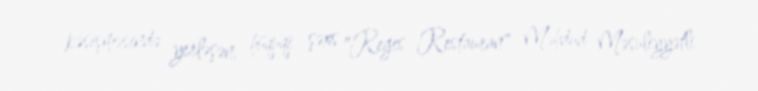
kəsişməsində yerləşən, hüquqi şəxs "Reges Restauran" Məhdud Məsuliyyətli